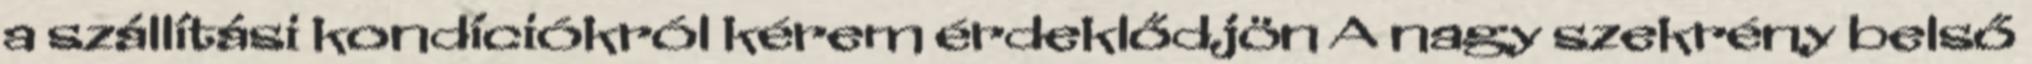
a szállítási kondíciókról kérem érdeklődjön A nagy szekrény belső